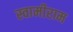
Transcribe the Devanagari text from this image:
स्वामीराम